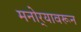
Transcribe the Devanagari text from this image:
मनोर्‍यावरून